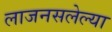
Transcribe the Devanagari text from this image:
लाजनसलेल्या